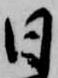
日